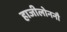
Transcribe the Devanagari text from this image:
हाजीलोननौ